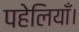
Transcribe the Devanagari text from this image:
पहेलियाँ।